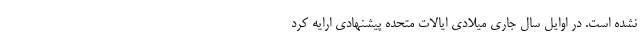
نشده است. در اوایل سال جاری میلادی ایالات متحده پیشنهادی ارایه کرد